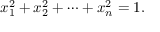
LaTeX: x _ { 1 } ^ { 2 } + x _ { 2 } ^ { 2 } + \cdots + x _ { n } ^ { 2 } = 1 .